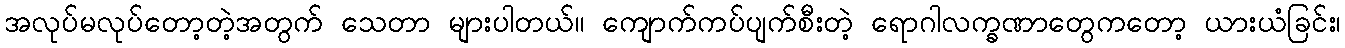
အလုပ်မလုပ်တော့တဲ့အတွက် သေတာ များပါတယ်။ ကျောက်ကပ်ပျက်စီးတဲ့ ရောဂါလက္ခဏာတွေကတော့ ယားယံခြင်း၊